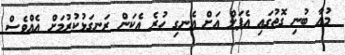
މުއާ ބުނި ގޮތުގައި އެޕަލް އަށް އެނގި ހުރެ އެކަން ރަނގަޅުކުރުމަށް އެއްވެސް